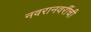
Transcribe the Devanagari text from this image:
नवरानवरींची